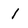
Character: 1